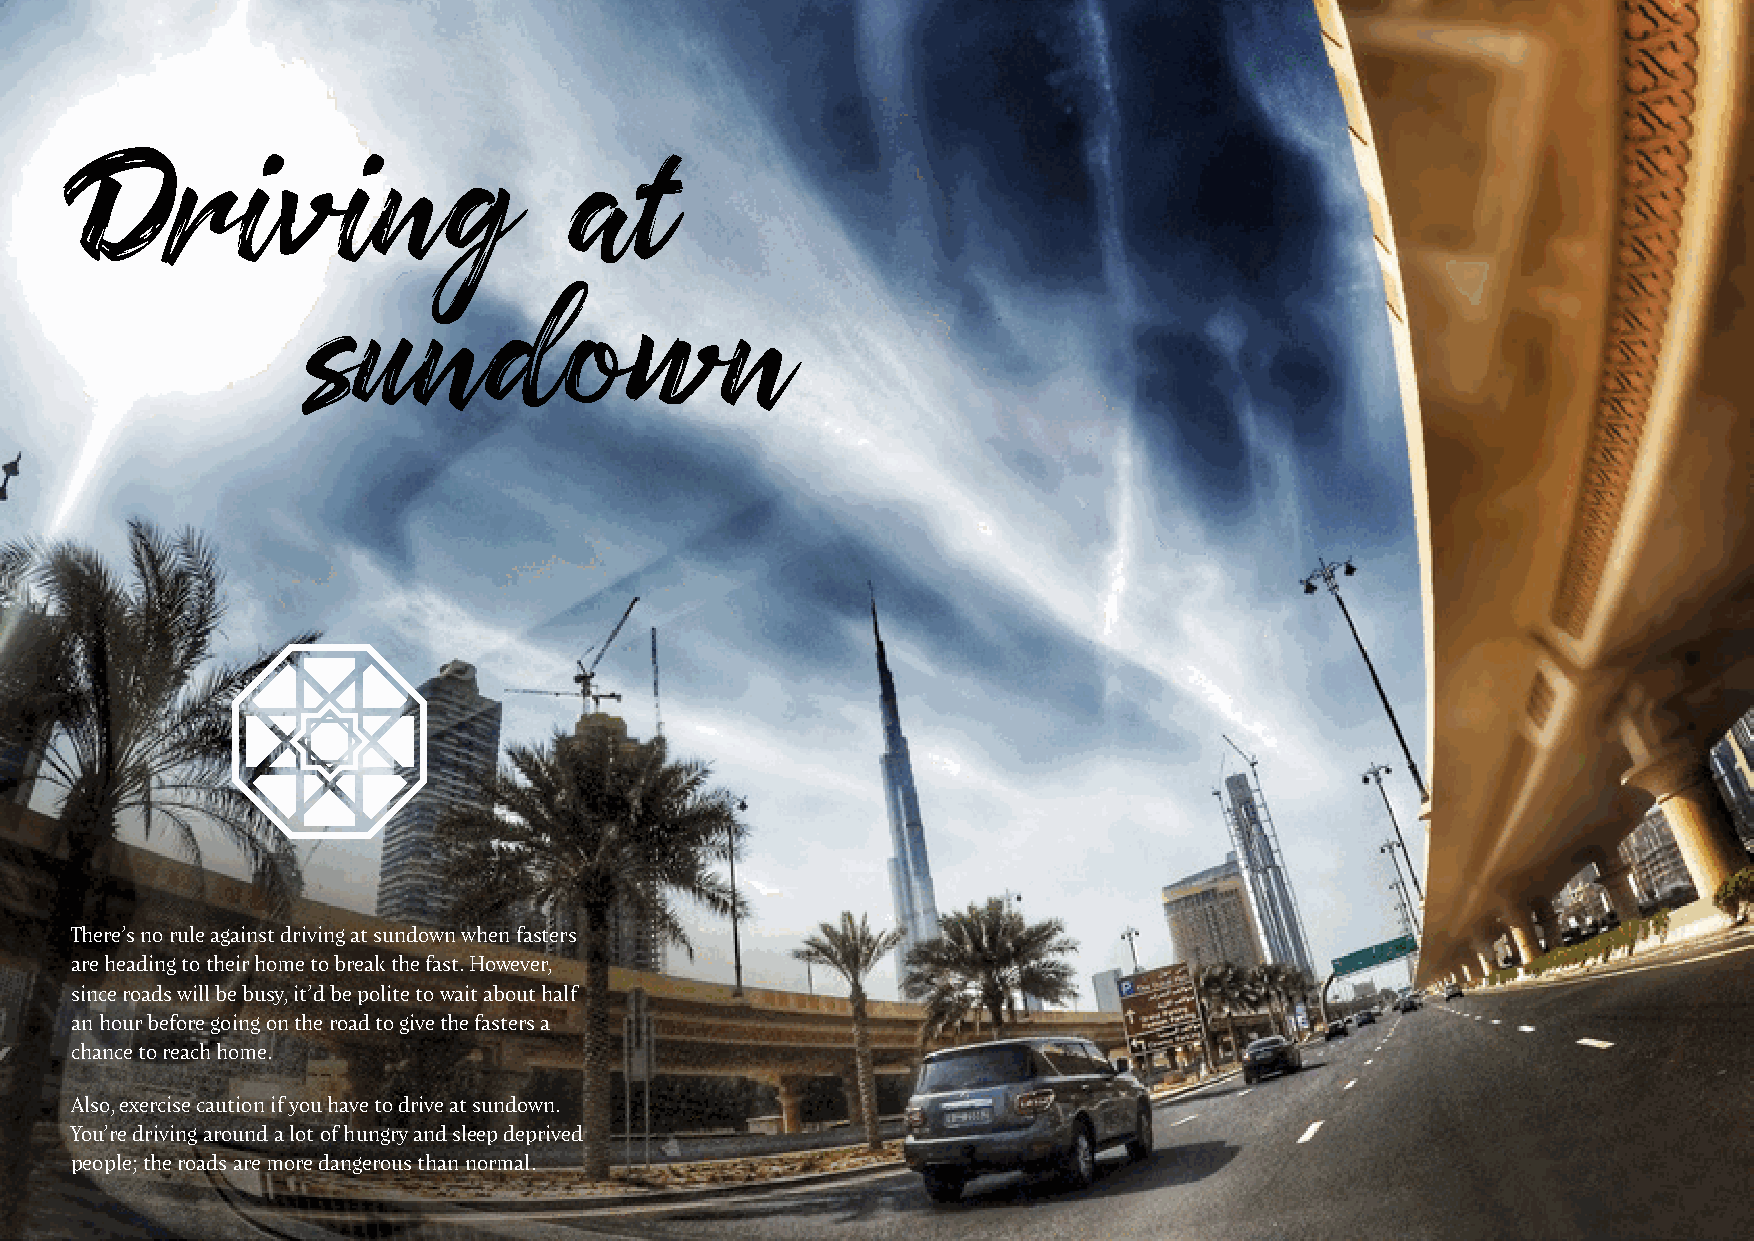
Driving                          at
 sundown
 There’s no rule against driving at sundown when fasters
 are heading to their home to break the fast. However,
 since roads will be busy, it’d be polite to wait about half
 an hour before going on the road to give the fasters a
 chance to reach home.
 Also, exercise caution if you have to drive at sundown.
 You’re driving around a lot of hungry and sleep deprived
 people; the roads are more dangerous than normal.